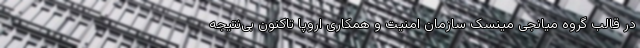
در قالب گروه میانجی مینسک سازمان امنیت و همکاری اروپا تاکنون بی‌نتیجه